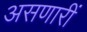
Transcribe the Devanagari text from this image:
असणारीं